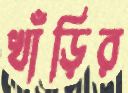
খাঁড়ির